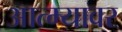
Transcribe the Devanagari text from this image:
आत्म्यावर